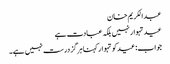
عبدالکریم خان
عید تہوار نہیں بلکہ عبادت ہے
جواب: عیدکو تہوار کہنا ہرگز درست نہیں ہے۔